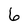
Character: 6